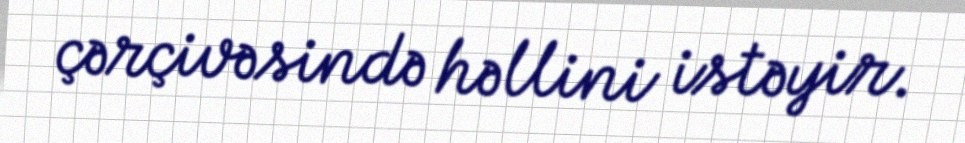
çərçivəsində həllini istəyir.